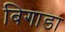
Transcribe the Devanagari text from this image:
बिगाडा